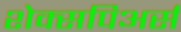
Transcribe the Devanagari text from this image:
शेक्सपिअर्स